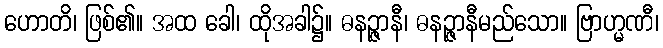
ဟောတိ၊ ဖြစ်၏။ အထ ခေါ၊ ထိုအခါ၌။ ဓနဉ္ဇာနီ၊ ဓနဉ္ဇာနီမည်သော။ ဗြာဟ္မဏီ၊